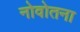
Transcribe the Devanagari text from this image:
नोवोतना